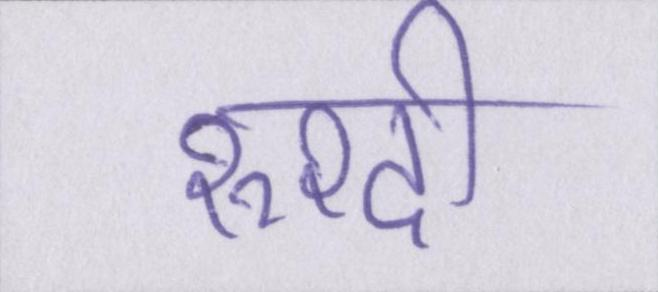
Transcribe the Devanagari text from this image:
रुश्दी